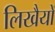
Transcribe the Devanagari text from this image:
लिखैयों